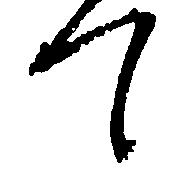
て